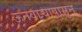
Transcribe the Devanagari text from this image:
ऊनवार्‍यापासून